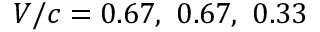
V / c = 0 . 6 7 , \ 0 . 6 7 , \ 0 . 3 3